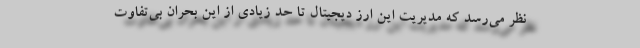
نظر می‌رسد که مدیریت این ارز دیجیتال تا حد زیادی از این بحران بی‌تفاوت